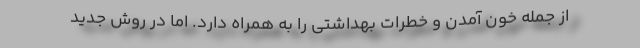
از جمله خون آمدن و خطرات بهداشتی را به همراه دارد. اما در روش جدید